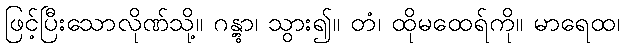
ဖြင့်ပြီးသောလိုဏ်သို့။ ဂန္တွာ၊ သွား၍။ တံ၊ ထိုမထေရ်ကို။ မာရေထ၊